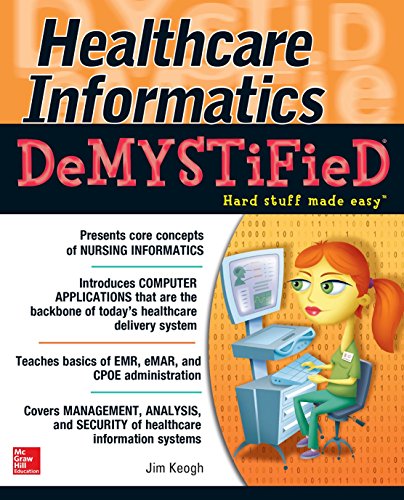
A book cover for Healthcare Informatics DeMYSTiFieD; Jim Keogh; Medical Books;